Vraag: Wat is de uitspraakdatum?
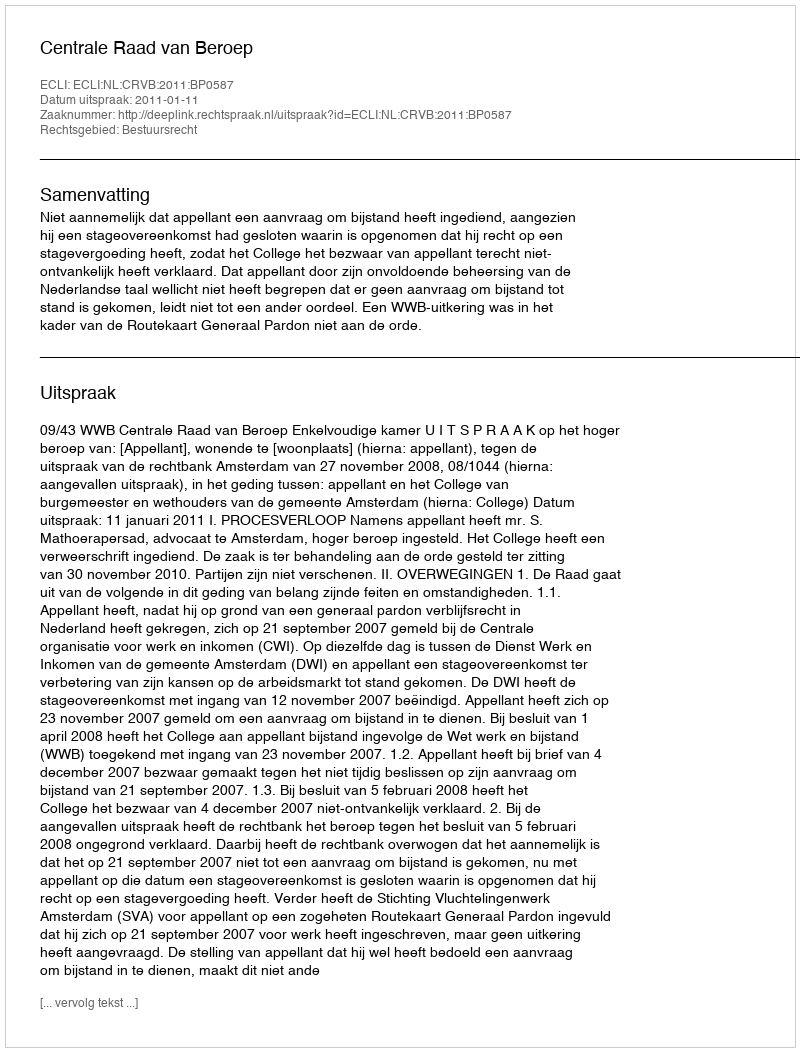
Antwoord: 2011-01-11